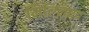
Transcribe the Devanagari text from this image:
मित्ग्लिएद